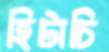
হিটাচি